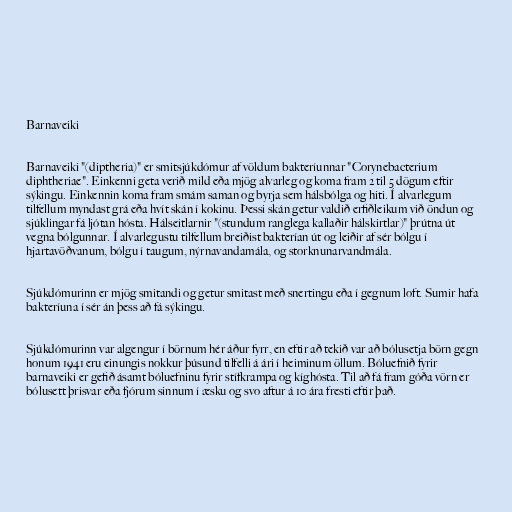
Barnaveiki

Barnaveiki "(diptheria)" er smitsjúkdómur af völdum bakteríunnar "Corynebacterium
diphtheriae". Einkenni geta verið mild eða mjög alvarleg og koma fram 2 til 5 dögum eftir
sýkingu. Einkennin koma fram smám saman og byrja sem hálsbólga og hiti. Í alvarlegum
tilfellum myndast grá eða hvít skán í kokinu. Þessi skán getur valdið erfiðleikum við öndun og
sjúklingar fá ljótan hósta. Hálseitlarnir "(stundum ranglega kallaðir hálskirtlar)" þrútna út
vegna bólgunnar. Í alvarlegustu tilfellum breiðist bakterían út og leiðir af sér bólgu í
hjartavöðvanum, bólgu í taugum, nýrnavandamála, og storknunarvandmála.

Sjúkdómurinn er mjög smitandi og getur smitast með snertingu eða í gegnum loft. Sumir hafa
bakteríuna í sér án þess að fá sýkingu.

Sjúkdómurinn var algengur í börnum hér áður fyrr, en eftir að tekið var að bólusetja börn gegn
honum 1941 eru einungis nokkur þúsund tilfelli á ári í heiminum öllum. Bóluefnið fyrir
barnaveiki er gefið ásamt bóluefninu fyrir stífkrampa og kíghósta. Til að fá fram góða vörn er
bólusett þrisvar eða fjórum sinnum í æsku og svo aftur á 10 ára fresti eftir það.